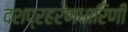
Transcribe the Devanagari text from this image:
दशप्रहरणधारिणी